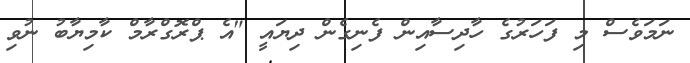
ނަމަވެސް މި ފަހަރުގެ ހާދިސާއިން ފެނިގެން ދިޔައީ "އެ ޕްރޮގްރާމް ކާމިޔާބު ނުވި